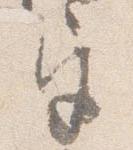
宮